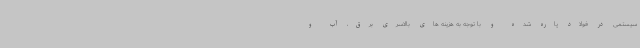
سیستمی در فولاد پاره شده و با توجه به هزینه های بالاسری برق، آب و